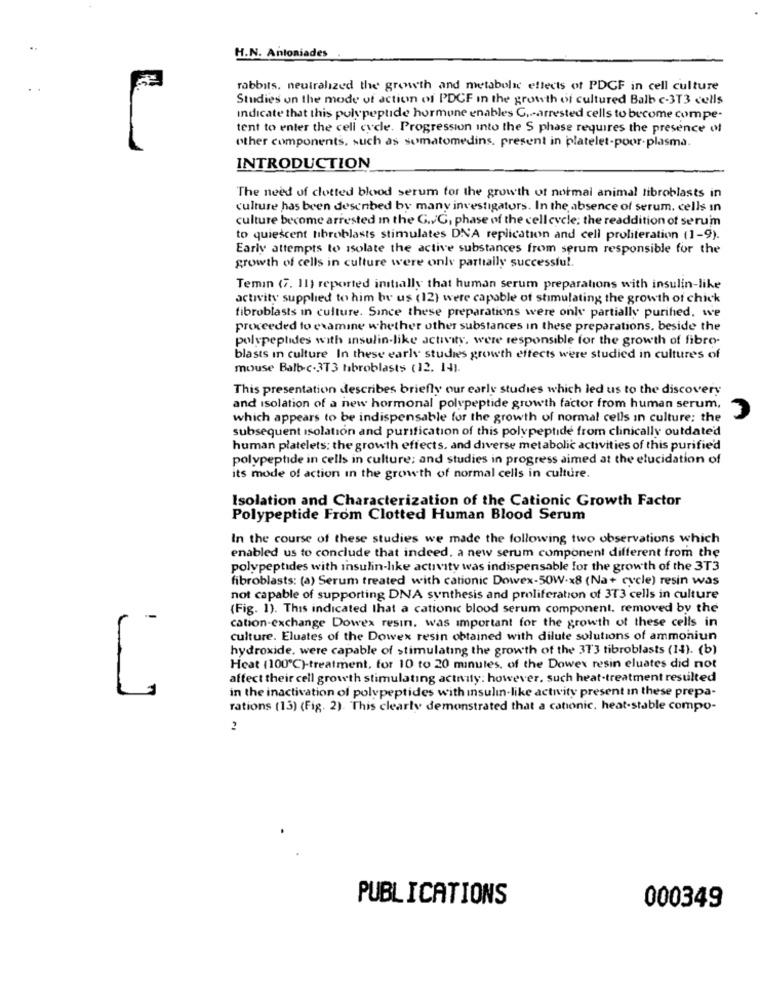
H.N. Antoniades
rabbits. neutralized the growth and metabolic effects of PDCF in cell culture
Studies on the mode of action of PDCF In the growth of cultured Balb c-3T3 cells
Indicate that this polypeptide hormone enables C .- arrested cells to become compe-
tent to enter the cell cycle. Progression into the S phase requires the presence of
other components, such as somatomedins, present in platelet-poor-plasma.
INTRODUCTION
The need of clotted blood serum for the growth of normal animal fibroblasts in
culture has been described by many investigators. In the absence of serum. cells in
culture become arrested In the G.G, phase of the cell cycle; the readdition of serum
to quiescent fibroblasts stimulates DNA replication and cell proliferation (1-9).
Early attempts to isolate the active substances from serum responsible for the
growth of cells in culture were only partially successful.
Temin (7. 11) reported initially that human serum preparations with insulin-like
activity supplied to him by us (12) were capable of stimulating the growth of chick
fibroblasts in culture. Since these preparations were only partially purihed, we
proceeded to examine whether other substances in these preparations, beside the
polypeptides with insulin-like activity, were responsible for the growth of fibre-
blasts in culture In these early studies growth effects were studied in cultures of
mouse Balb.c-3T3 habroblasts (12. 14).
This presentation describes briefly our early studies which led us to the discovery
and isolation of a new hormonal polypeptide growth factor from human serum,
which appears to be indispensable for the growth of normal cells in culture: the
subsequent isolation and purification of this polypeptide from clinically outdated
human platelets: the growth effects, and diverse metabolic activities of this purifie'd
polypeptide in cells in culture; and studies in progress aimed at the elucidation of
its mode of action in the growth of normal cells in culture.
Isolation and Characterization of the Cationic Growth Factor
Polypeptide From Clotted Human Blood Serum
In the course of these studies we made the following two observations which
enabled us to conclude that indeed, a new serum component different from the
polypeptides with insulin-like activity was indispensable for the growth of the 3T3
fibroblasts: (a) Serum treated with cationic Dowex-50W.x8 (Na+ cycle) resin was
not capable of supporting DNA synthesis and proliferation of 3T3 cells in culture
(Fig. 1). This indicated that a cationic blood serum component, removed by the
cation-exchange Dowex resin. was important for the growth of these cells in
culture. Eluates of the Dowex resin obtained with dilute solutions of ammoniun
hydroxide. were capable of stimulating the growth of the 373 tibroblasts (14). (b)
Heat (100 ℃)-treatment, for 10 to 20 minutes, of the Dowex resin eluates did not
affect their cell growth stimulating activity: however, such heat-treatment resulted
in the inactivation of polypeptides with insulin-like activity present in these prepa-
7
rations (13) (Fig. 2). This clearly demonstrated that a cationic, heat-stable compo-
PUBLICATIONS
000349